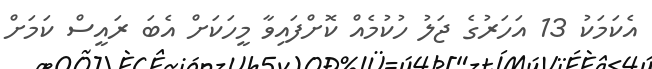
އެކަމަކު 13 އަހަރުގެ ޖަލު ހުކުމެެއް ކޮށްފައިވާ މީހަކަށް އެބަ ރައީސް ކަމަށް